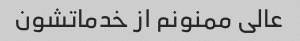
عالی ممنونم از خدماتشون